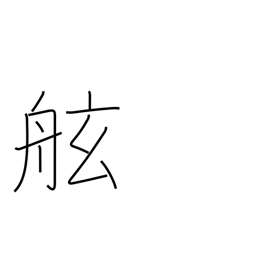
Meaning: gunwale